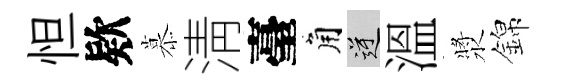
怛欵慕淸臺角逆溫漿錦